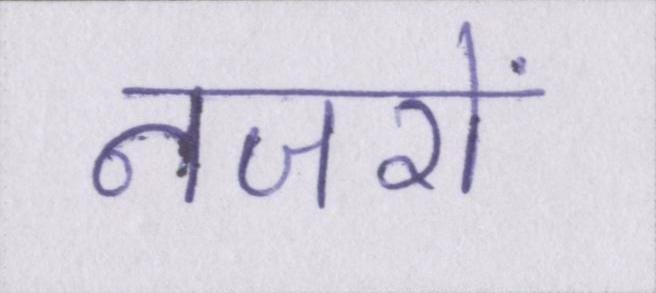
नजरों